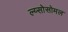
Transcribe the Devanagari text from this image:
ल्य्सोसोमल